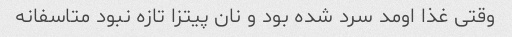
وقتی غذا اومد سرد شده بود و نان پیتزا تازه نبود متاسفانه